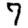
Digit: 7